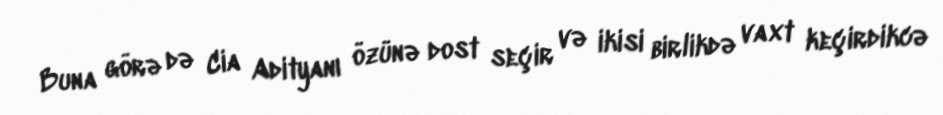
Buna görə də Cia Adityanı özünə dost seçir və ikisi birlikdə vaxt keçirdikcə